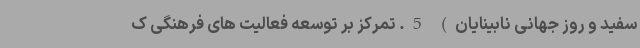
سفید و روز جهانی نابینایان) 5. تمرکز بر توسعه فعالیت های فرهنگی ک